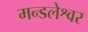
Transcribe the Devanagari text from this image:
मन्डलेश्वर